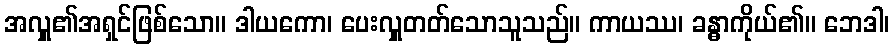
အလှူ၏အရှင်ဖြစ်သော။ ဒါယကော၊ ပေးလှူတတ်သောသူသည်။ ကာယဿ၊ ခန္ဓာကိုယ်၏။ ဘေဒါ၊